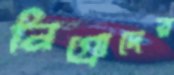
নিগ্রোদের